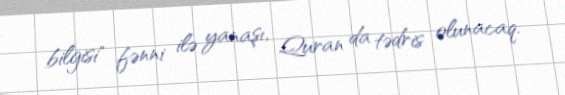
bilgisi" fənni ilə yanaşı, Quran da tədris olunacaq.